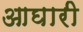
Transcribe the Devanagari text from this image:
आघारी